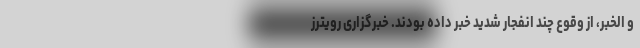
و الخبر، از وقوع چند انفجار شدید خبر داده بودند. خبرگزاری رویترز